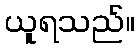
ယူရသည်။